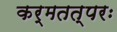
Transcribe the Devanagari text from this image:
कर्मतत्परः